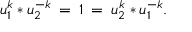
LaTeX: u _ { 1 } ^ { k } * u _ { 2 } ^ { - k } \: = \: 1 \: = \: u _ { 2 } ^ { k } * u _ { 1 } ^ { - k } .